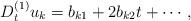
LaTeX: \begin{align*}D_t^{(1)} u_k= b_{k1}+2b_{k2}t+\cdots,\end{align*}